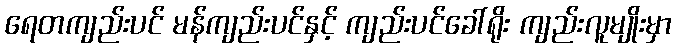
ရေတကျည်းပင် မန်ကျည်းပင်နှင့် ကျည်းပင်ခေါ်ရိုး ကျည်းလူမျိုးမှာ